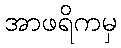
အာဖရိကမှ